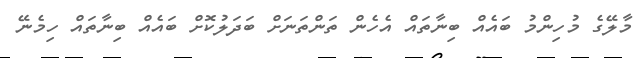
މާލޭގެ މުހިންމު ބައެއް ބިނާތައް އެހެން ތަންތަނަށް ބަދަލުކޮށް ބައެއް ބިނާތައް ހިމެނޭ